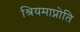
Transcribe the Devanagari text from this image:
श्रियमाप्नोति